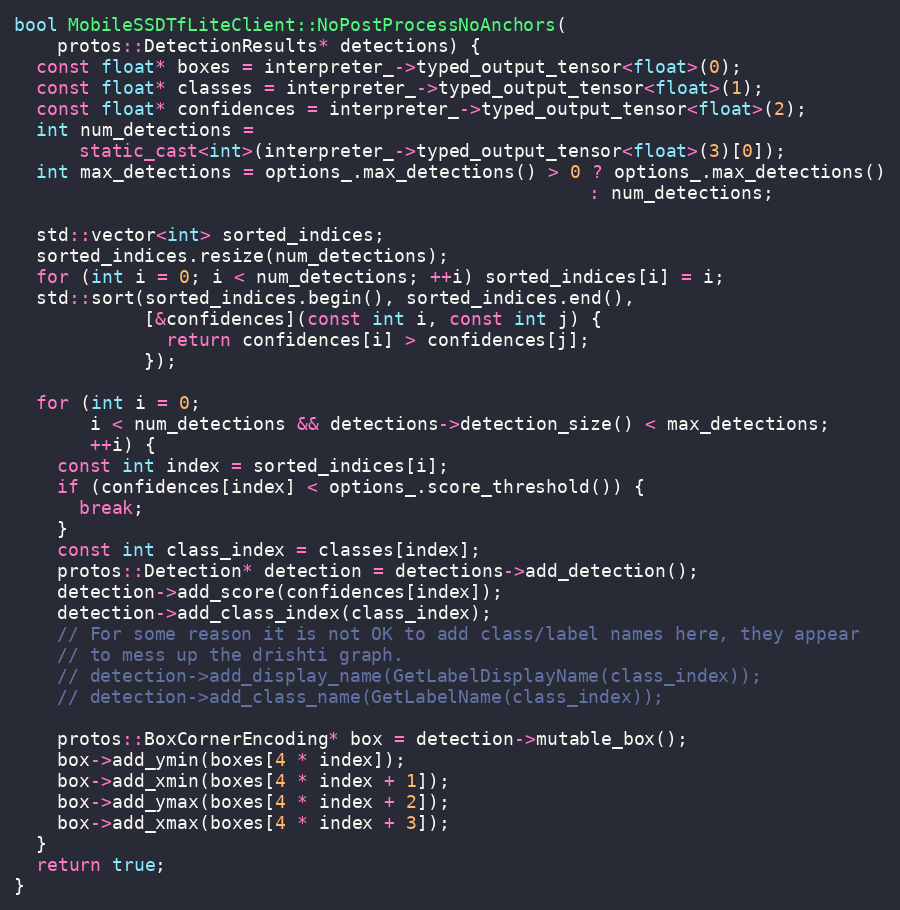
Language: C++
bool MobileSSDTfLiteClient::NoPostProcessNoAnchors(
    protos::DetectionResults* detections) {
  const float* boxes = interpreter_->typed_output_tensor<float>(0);
  const float* classes = interpreter_->typed_output_tensor<float>(1);
  const float* confidences = interpreter_->typed_output_tensor<float>(2);
  int num_detections =
      static_cast<int>(interpreter_->typed_output_tensor<float>(3)[0]);
  int max_detections = options_.max_detections() > 0 ? options_.max_detections()
                                                     : num_detections;

  std::vector<int> sorted_indices;
  sorted_indices.resize(num_detections);
  for (int i = 0; i < num_detections; ++i) sorted_indices[i] = i;
  std::sort(sorted_indices.begin(), sorted_indices.end(),
            [&confidences](const int i, const int j) {
              return confidences[i] > confidences[j];
            });

  for (int i = 0;
       i < num_detections && detections->detection_size() < max_detections;
       ++i) {
    const int index = sorted_indices[i];
    if (confidences[index] < options_.score_threshold()) {
      break;
    }
    const int class_index = classes[index];
    protos::Detection* detection = detections->add_detection();
    detection->add_score(confidences[index]);
    detection->add_class_index(class_index);
    // For some reason it is not OK to add class/label names here, they appear
    // to mess up the drishti graph.
    // detection->add_display_name(GetLabelDisplayName(class_index));
    // detection->add_class_name(GetLabelName(class_index));

    protos::BoxCornerEncoding* box = detection->mutable_box();
    box->add_ymin(boxes[4 * index]);
    box->add_xmin(boxes[4 * index + 1]);
    box->add_ymax(boxes[4 * index + 2]);
    box->add_xmax(boxes[4 * index + 3]);
  }
  return true;
}